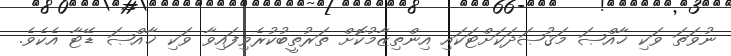
ނުވަތަ ވަކި ޚާއްޞަ މަޤުޞަދަކަށްޓަކައި އިންތިޒާމުކޮށް ތަރުތީބުކުރެވިފައިވާ ވަކި ޚާއްޞަ ޑޭޓާ އެކެވެ.